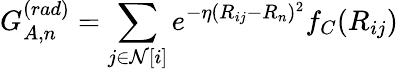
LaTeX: G_{A,n}^{(rad)}=\sum_{j\in\mathcal{N}[i]}e^{-\eta(R_{ij}-R_{n})^{2}}f_{C}(R_{ij})